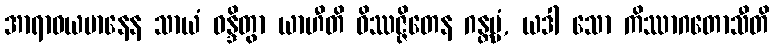
အာရာဓယမာနေန သာယံ ဝန္ဒိတွာ ယာဟီတိ ဝိဿဇ္ဇိတေန ဂန္တဗ္ဗံ, ယဒါ သော ကိဿာဂတောသီတိ